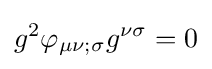
g^{2}\varphi _{\mu \nu ;\sigma }g^{\nu \sigma }=0